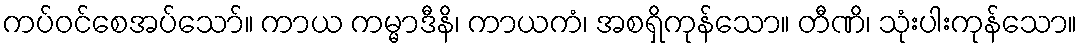
ကပ်ဝင်စေအပ်သော်။ ကာယ ကမ္မာဒီနိ၊ ကာယကံ၊ အစရှိကုန်သော။ တီဏိ၊ သုံးပါးကုန်သော။